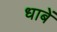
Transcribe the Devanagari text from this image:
धाबें